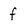
Character: f